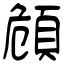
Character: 頠